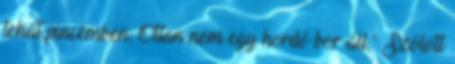
tehát pincémben; Ottan nem egy hordó bor áll,” Szólott